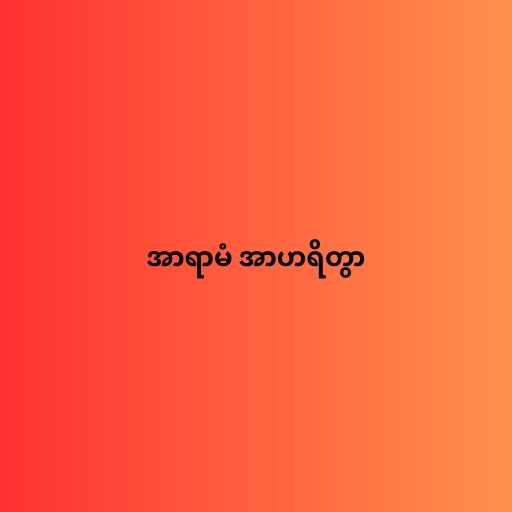
အာရာမံ အာဟရိတွာ